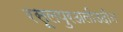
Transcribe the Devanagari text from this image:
रसूलपुरअलीउदीन